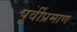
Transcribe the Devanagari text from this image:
पूर्वीप्रमाण